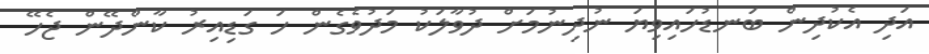
އަދި އެކުދިން ބަނޑުހައިވިޔަ ނުދިނުމަށް ދުވާލަކު މަދުވެގެން ހަ ގަޑިއިރު ކާންދޭން ޖެހޭ